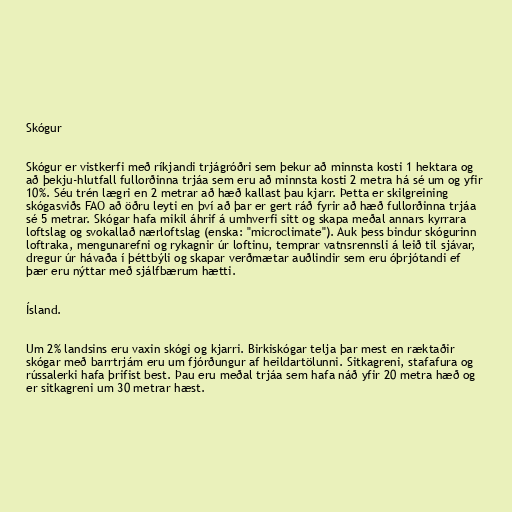
Skógur

Skógur er vistkerfi með ríkjandi trjágróðri sem þekur að minnsta kosti 1 hektara og
að þekju-hlutfall fullorðinna trjáa sem eru að minnsta kosti 2 metra há sé um og yfir
10%. Séu trén lægri en 2 metrar að hæð kallast þau kjarr. Þetta er skilgreining
skógasviðs FAO að öðru leyti en því að þar er gert ráð fyrir að hæð fullorðinna trjáa
sé 5 metrar. Skógar hafa mikil áhrif á umhverfi sitt og skapa meðal annars kyrrara
loftslag og svokallað nærloftslag (enska: "microclimate"). Auk þess bindur skógurinn
loftraka, mengunarefni og rykagnir úr loftinu, temprar vatnsrennsli á leið til sjávar,
dregur úr hávaða í þéttbýli og skapar verðmætar auðlindir sem eru óþrjótandi ef
þær eru nýttar með sjálfbærum hætti.

Ísland.

Um 2% landsins eru vaxin skógi og kjarri. Birkiskógar telja þar mest en ræktaðir
skógar með barrtrjám eru um fjórðungur af heildartölunni. Sitkagreni, stafafura og
rússalerki hafa þrifist best. Þau eru meðal trjáa sem hafa náð yfir 20 metra hæð og
er sitkagreni um 30 metrar hæst.